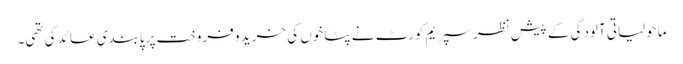
ماحولیاتی آلودگی کے پیشِ نظر سپریم کورٹ نے پٹاخوں کی خرید و فروخت پر پابندی عائد کی تھی۔